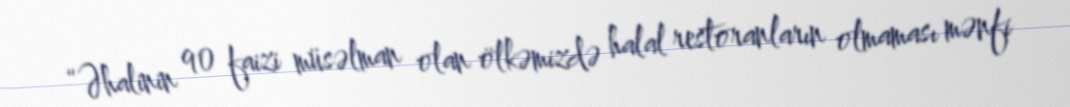
“Əhalinin 90 faizi müsəlman olan ölkəmizdə halal restoranların olmaması mənfi